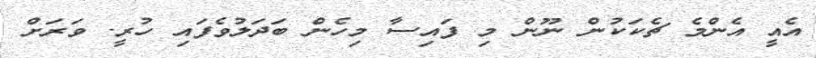
އެއީ އެންމެ ޗެކަކުން ނޫން މި ފައިސާ މިހެން ބަދަލުވެފައި ހުރީ. ވަރަށް